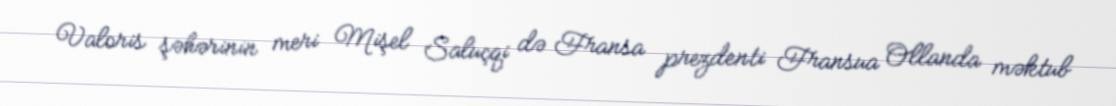
Valoris şəhərinin meri Mişel Saluçqi də Fransa prezdenti Fransua Ollanda məktub